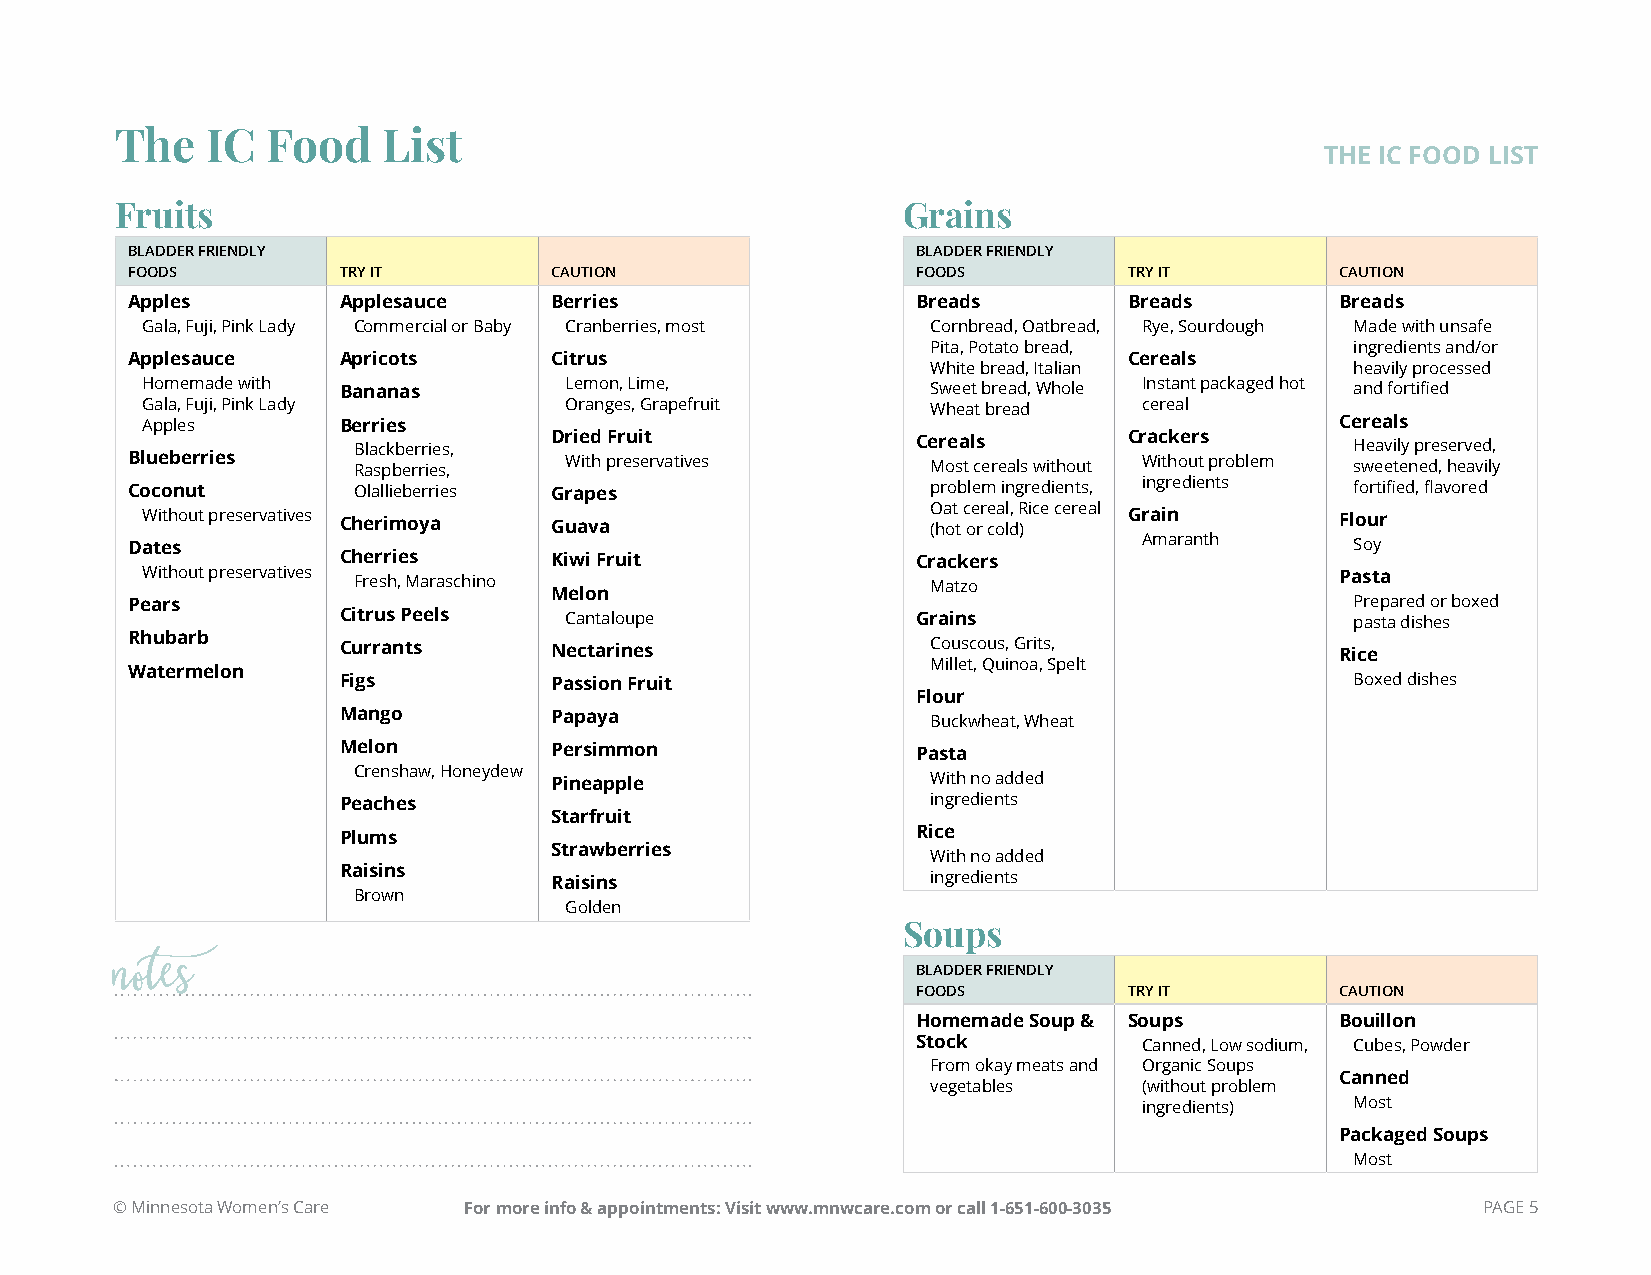
The   IC  Food   List
 THE IC FOOD LIST
 Fruits                                              Grains
 BLADDER FRIENDLY                                     BLADDER FRIENDLY
 FOODS         TRY IT        CAUTION                  FOODS         TRY IT        CAUTION
 Apples        Applesauce    Berries                  Breads        Breads        Breads
 Gala, Fuji, Pink Lady Commercial or Baby Cranberries, most Cornbread, Oatbread, Rye, Sourdough Made with unsafe
 Pita, Potato bread,         ingredients and/or
 Applesauce    Apricots      Citrus                                 Cereals
 White bread, Italian        heavily processed
 Homemade with Bananas       Lemon, Lime,             Sweet bread, Whole Instant packaged hot and fortified
 Gala, Fuji, Pink Lady       Oranges, Grapefruit      Wheat bread   cereal
 Apples       Berries                                                            Cereals
 Blackberries, Dried Fruit             Cereals       Crackers       Heavily preserved,
 Blueberries    Raspberries,  With preservatives       Most cereals without Without problem sweetened, heavily
 Coconut        Olallieberries Grapes                  problem ingredients, ingredients fortified, flavored
 Without preservatives Cherimoya Guava                O (ha ot t c oe rr e coa ll d, R )ice cereal Grain Flour
 Dates                                                               Amaranth      Soy
 Cherries      Kiwi Fruit               Crackers
 Without preservatives Fresh, Maraschino              Matzo                      Pasta
 Melon
 Pears                                                                             Prepared or boxed
 Citrus Peels   Cantaloupe              Grains                       pasta dishes
 Rhubarb       Currants      Nectarines                Couscous, Grits,           Rice
 Millet, Quinoa, Spelt
 Watermelon
 Figs          Passion Fruit                                         Boxed dishes
 Flour
 Mango         Papaya                    Buckwheat, Wheat
 Melon         Persimmon                Pasta
 Crenshaw, Honeydew
 Pineapple                 With no added
 Peaches                                 ingredients
 Starfruit
 Plums                                  Rice
 Strawberries
 With no added
 Raisins
 Raisins                   ingredients
 Brown
 Golden
 Soups
 BLADDER FRIENDLY
 notes                                                 FOODS         TRY IT        CAUTION
 Homemade Soup & Soups       Bouillon
 Stock          Canned, Low sodium, Cubes, Powder
 From okay meats and Organic Soups
 Canned
 vegetables    (without problem
 ingredients)  Most
 Packaged Soups
 Most
 © Minnesota Women’s Care For more info & appointments: Visit www.mnwcare.com or call 1-651-600-3035 PAGE 5